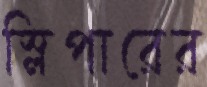
স্লিপারের